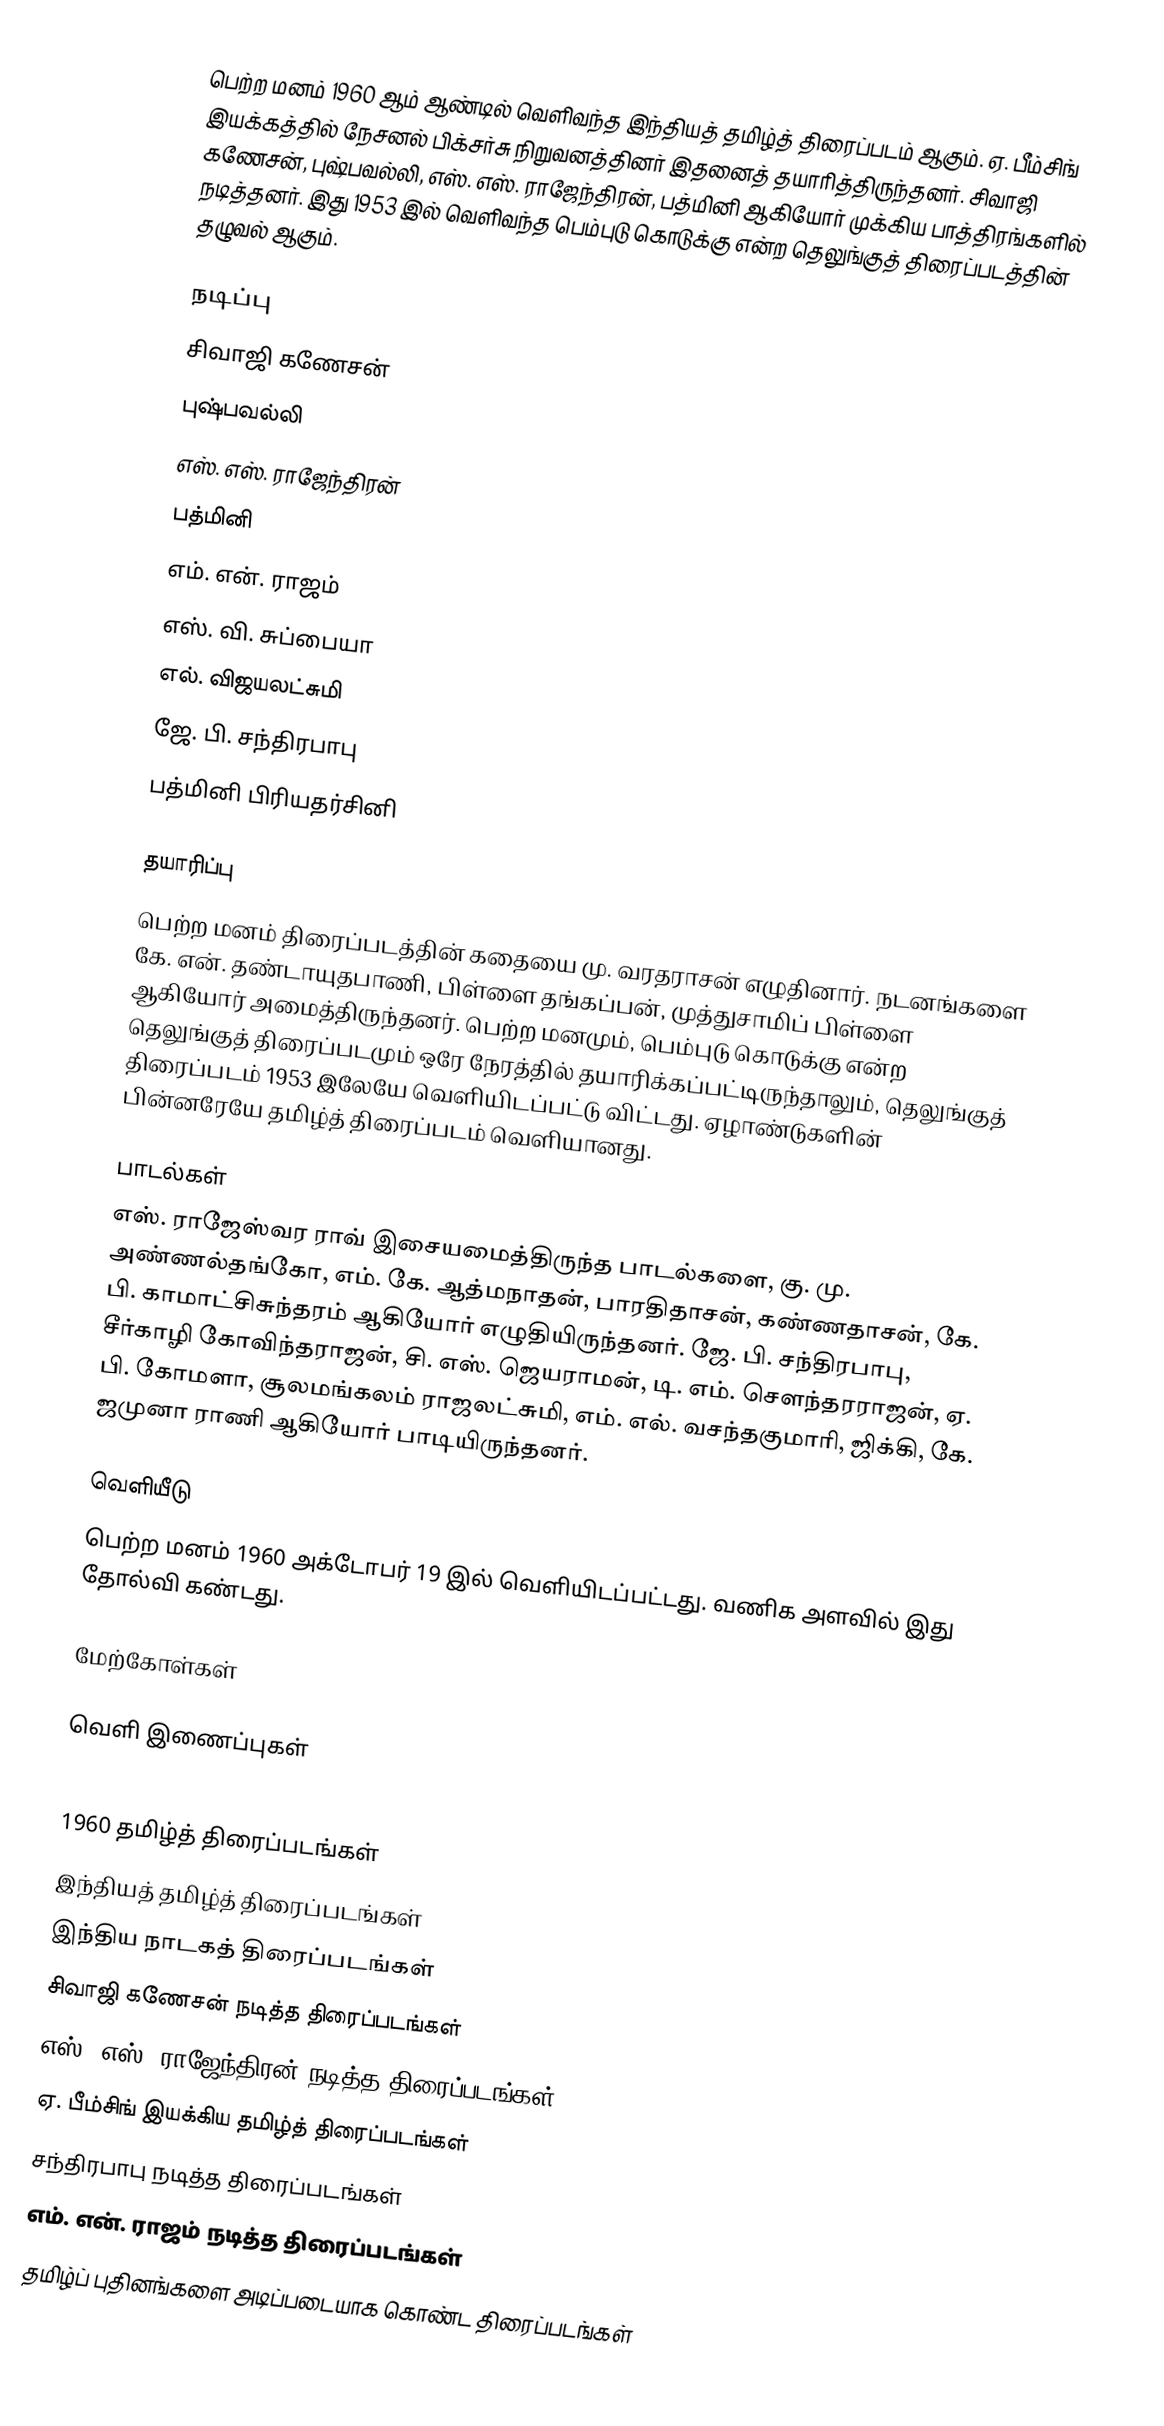
பெற்ற மனம் 1960 ஆம் ஆண்டில் வெளிவந்த இந்தியத் தமிழ்த் திரைப்படம் ஆகும். ஏ. பீம்சிங் இயக்கத்தில் நேசனல் பிக்சர்சு நிறுவனத்தினர் இதனைத் தயாரித்திருந்தனர். சிவாஜி கணேசன், புஷ்பவல்லி, எஸ். எஸ். ராஜேந்திரன், பத்மினி ஆகியோர் முக்கிய பாத்திரங்களில் நடித்தனர். இது 1953 இல் வெளிவந்த பெம்புடு கொடுக்கு என்ற தெலுங்குத் திரைப்படத்தின் தழுவல் ஆகும்.

நடிப்பு
 சிவாஜி கணேசன்
 புஷ்பவல்லி
 எஸ். எஸ். ராஜேந்திரன்
 பத்மினி
 எம். என். ராஜம்
 எஸ். வி. சுப்பையா
 எல். விஜயலட்சுமி
 ஜே. பி. சந்திரபாபு
 பத்மினி பிரியதர்சினி

தயாரிப்பு
பெற்ற மனம் திரைப்படத்தின் கதையை மு. வரதராசன் எழுதினார். நடனங்களை கே. என். தண்டாயுதபாணி, பிள்ளை தங்கப்பன், முத்துசாமிப் பிள்ளை ஆகியோர் அமைத்திருந்தனர். பெற்ற மனமும், பெம்புடு கொடுக்கு என்ற தெலுங்குத் திரைப்படமும் ஒரே நேரத்தில் தயாரிக்கப்பட்டிருந்தாலும், தெலுங்குத் திரைப்படம் 1953 இலேயே வெளியிடப்பட்டு விட்டது. ஏழாண்டுகளின் பின்னரேயே தமிழ்த் திரைப்படம் வெளியானது.

பாடல்கள்
எஸ். ராஜேஸ்வர ராவ் இசையமைத்திருந்த பாடல்களை, கு. மு. அண்ணல்தங்கோ, எம். கே. ஆத்மநாதன், பாரதிதாசன், கண்ணதாசன், கே. பி. காமாட்சிசுந்தரம் ஆகியோர் எழுதியிருந்தனர். ஜே. பி. சந்திரபாபு, சீர்காழி கோவிந்தராஜன், சி. எஸ். ஜெயராமன், டி. எம். சௌந்தரராஜன், ஏ. பி. கோமளா, சூலமங்கலம் ராஜலட்சுமி, எம். எல். வசந்தகுமாரி, ஜிக்கி, கே. ஜமுனா ராணி ஆகியோர் பாடியிருந்தனர்.

வெளியீடு
பெற்ற மனம் 1960 அக்டோபர் 19 இல் வெளியிடப்பட்டது. வணிக அளவில் இது தோல்வி கண்டது.

மேற்கோள்கள்

வெளி இணைப்புகள்

1960 தமிழ்த் திரைப்படங்கள்
இந்தியத் தமிழ்த் திரைப்படங்கள்
இந்திய நாடகத் திரைப்படங்கள்
சிவாஜி கணேசன் நடித்த திரைப்படங்கள்
எஸ். எஸ். ராஜேந்திரன் நடித்த திரைப்படங்கள்
ஏ. பீம்சிங் இயக்கிய தமிழ்த் திரைப்படங்கள்
சந்திரபாபு நடித்த திரைப்படங்கள்
எம். என். ராஜம் நடித்த திரைப்படங்கள்
தமிழ்ப் புதினங்களை அடிப்படையாக கொண்ட திரைப்படங்கள்